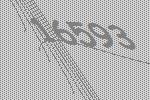
16593